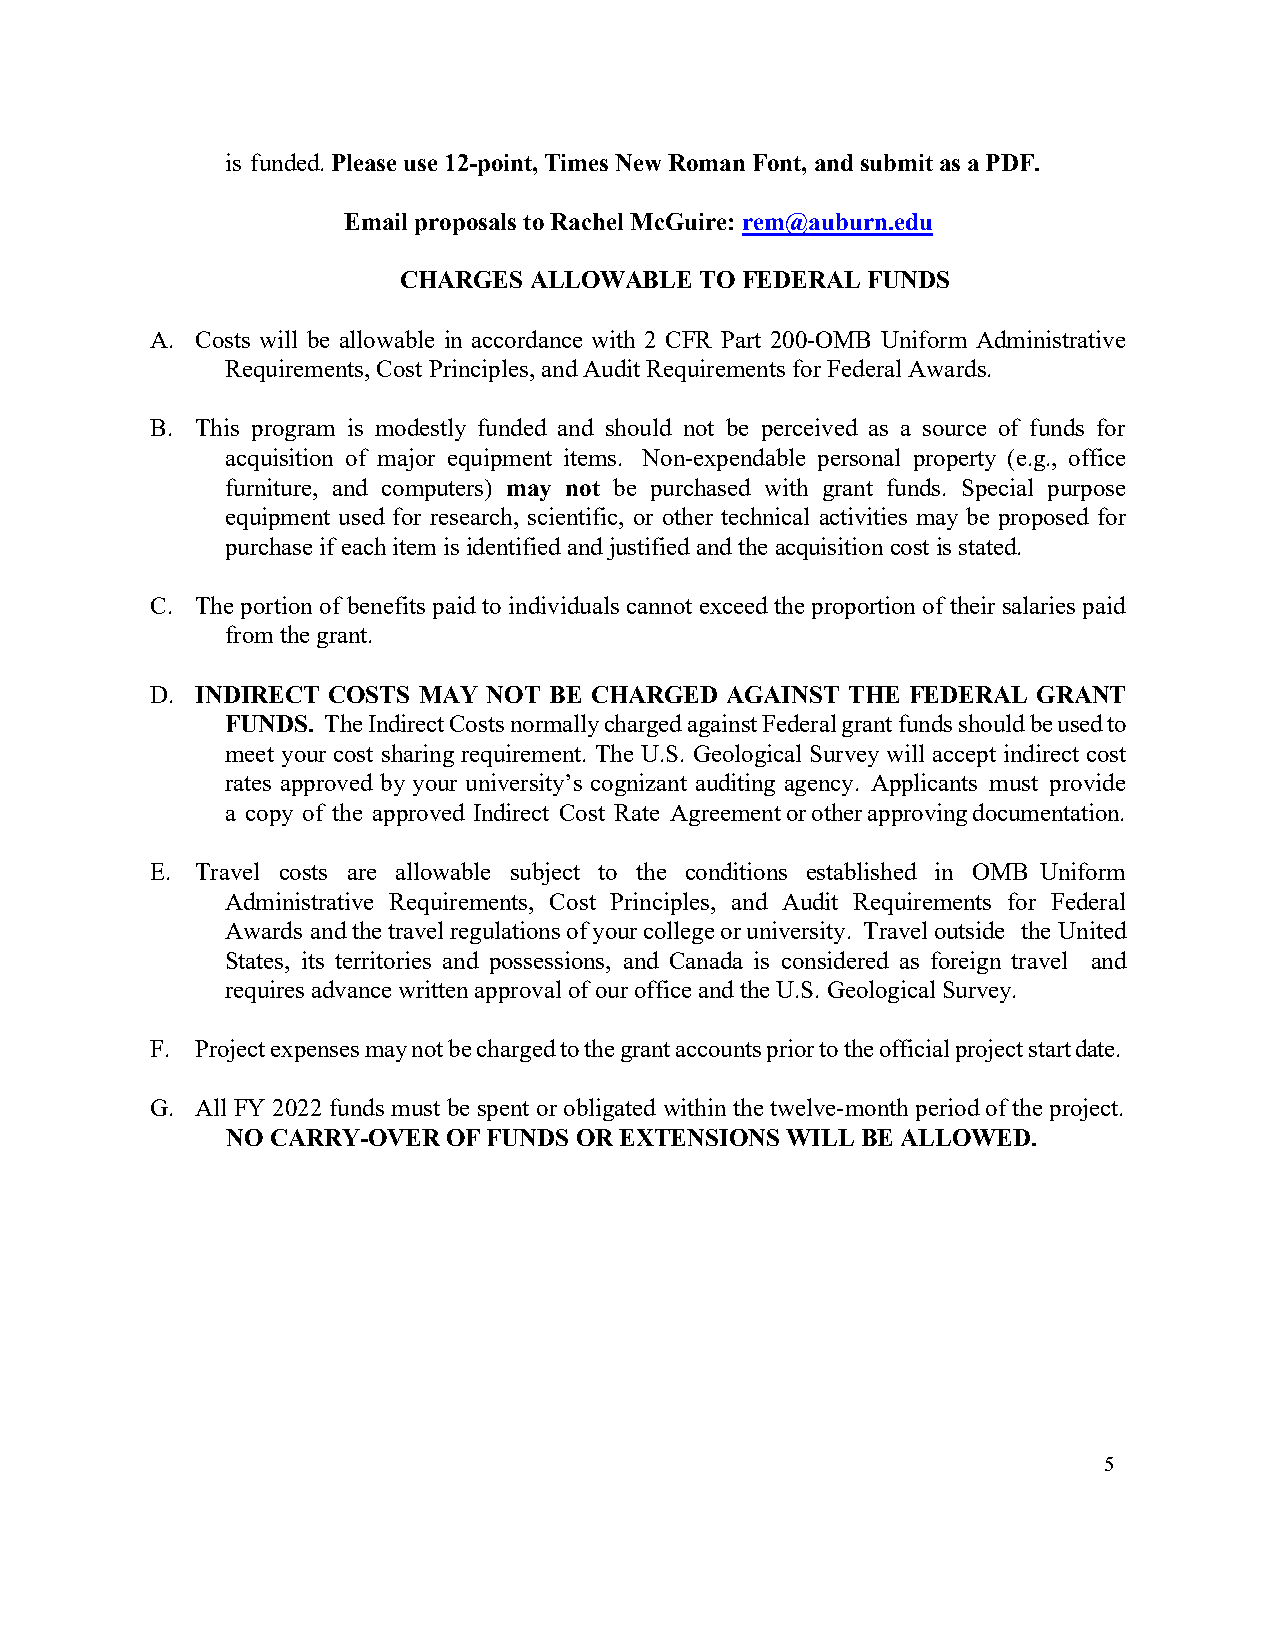
is funded. Please use 12-point, Times New Roman Font, and submit as a PDF.
 Email proposals to Rachel McGuire: rem@auburn.edu
 CHARGES  ALLOWABLE  TO FEDERAL FUNDS
 A. Costs will be allowable in accordance with 2 CFR Part 200-OMB Uniform Administrative
 Requirements, Cost Principles, and Audit Requirements for Federal Awards.
 B. This program is modestly funded and should not be perceived as a source of funds for
 acquisition of major equipment items. Non-expendable personal property (e.g., office
 furniture, and computers) may not be purchased with grant funds. Special purpose
 equipment used for research, scientific, or other technical activities may be proposed for
 purchase if each item is identified and justified and the acquisition cost is stated.
 C. The portion of benefits paid to individuals cannot exceed the proportion of their salaries paid
 from the grant.
 D. INDIRECT COSTS MAY NOT BE CHARGED  AGAINST THE FEDERAL  GRANT
 FUNDS. The Indirect Costs normally charged against Federal grant funds should be used to
 meet your cost sharing requirement. The U.S. Geological Survey will accept indirect cost
 rates approved by your university’s cognizant auditing agency. Applicants must provide
 a copy of the approved Indirect Cost Rate Agreement or other approving documentation.
 E. Travel costs are allowable subject to the conditions established in OMB Uniform
 Administrative Requirements, Cost Principles, and Audit Requirements for Federal
 Awards and the travel regulations of your college or university. Travel outside the United
 States, its territories and possessions, and Canada is considered as foreign travel and
 requires advance written approval of our office and the U.S. Geological Survey.
 F. Project expenses may not be charged to the grant accounts prior to the official project start date.
 G. All FY 2022 funds must be spent or obligated within the twelve-month period of the project.
 NO CARRY-OVER  OF FUNDS OR EXTENSIONS WILL BE ALLOWED.
 5